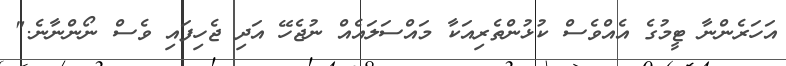
އަހަރެންނާ ޓީމުގެ އެއްވެސް ކުޅުންތެރިއަކާާ މައްސަލައެއް ނުޖެހޭ އަދި ޖެހިފައި ވެސް ނޯންނާނެ."